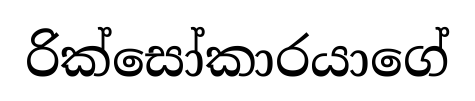
රික්සෝකාරයාගේ